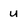
Character: U